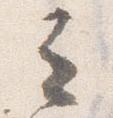
立